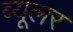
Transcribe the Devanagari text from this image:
ब्यूलर